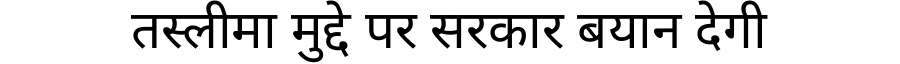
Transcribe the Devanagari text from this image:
तस्लीमा मुद्दे पर सरकार बयान देगी